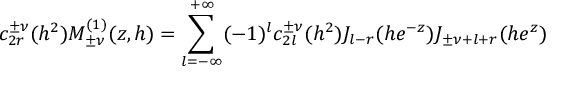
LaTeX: c _ { 2 r } ^ { \pm \nu } ( h ^ { 2 } ) M _ { \pm \nu } ^ { ( 1 ) } ( z , h ) = \sum _ { l = - \infty } ^ { + \infty } ( - 1 ) ^ { l } c _ { 2 l } ^ { \pm \nu } ( h ^ { 2 } ) J _ { l - r } ( h e ^ { - z } ) J _ { \pm \nu + l + r } ( h e ^ { z } )